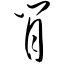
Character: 肖